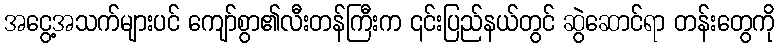
အငွေ့အသက်များပင် ကျော်စွာ၏လီးတန်ကြီးက ၎င်းပြည်နယ်တွင် ဆွဲဆောင်ရာ တန်းတွေကို